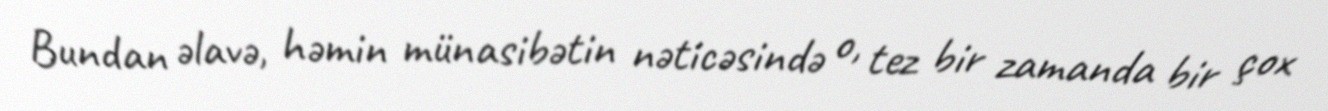
Bundan əlavə, həmin münasibətin nəticəsində o, tez bir zamanda bir çox